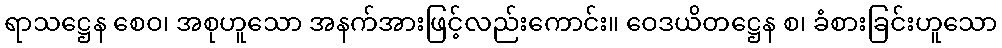
ရာသဋ္ဌေန စေဝ၊ အစုဟူသော အနက်အားဖြင့်လည်းကောင်း။ ဝေဒယိတဋ္ဌေန စ၊ ခံစားခြင်းဟူသော